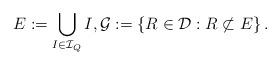
LaTeX: \begin{align*} E:= \bigcup_{I \in \mathcal I_Q} I, \mathcal G:=\left\{R\in \mathcal{D}: R\not\subset E\right\}. \end{align*}